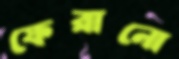
ফেরানো